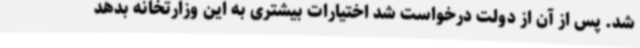
شد. پس از آن از دولت درخواست شد اختیارات بیشتری به این وزارتخانه بدهد